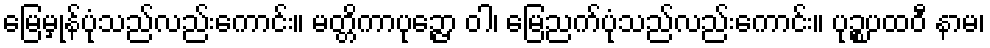
မြေမှုန်ပုံသည်လည်းကောင်း။ မတ္တိကာပုဉ္ဇော ဝါ၊ မြေညက်ပုံသည်လည်းကောင်း။ ပုဉ္စပထဝီ နာမ၊